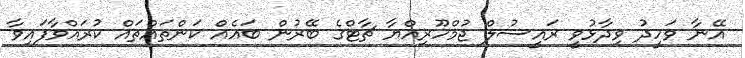
އޭނާ ވަހީދު ވިދާޅުވީ ރައީސުލް ޖުމްހޫރިއްޔާ ޗާޓްގެ ބޭރުން ބައެއް ކަންތައްތައް ކުރައްވާފައިވާ